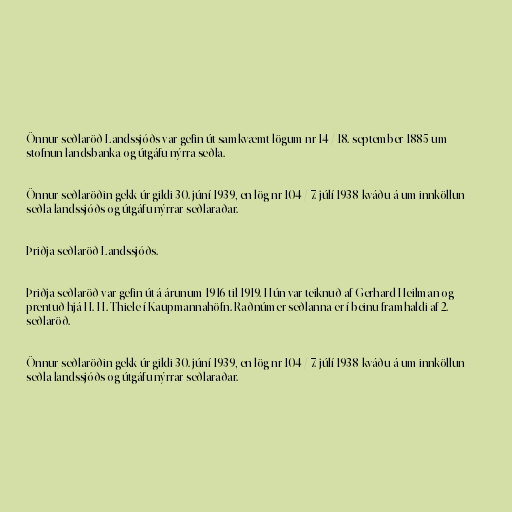
Önnur seðlaröð Landssjóðs var gefin út samkvæmt lögum nr 14 / 18. september 1885 um
stofnun landsbanka og útgáfu nýrra seðla.

Önnur seðlaröðin gekk úr gildi 30. júní 1939, en lög nr 104 / 7. júlí 1938 kváðu á um innköllun
seðla landssjóðs og útgáfu nýrrar seðlaraðar.

Þriðja seðlaröð Landssjóðs.

Þriðja seðlaröð var gefin út á árunum 1916 til 1919. Hún var teiknuð af Gerhard Heilman og
prentuð hjá H. H. Thiele í Kaupmannahöfn. Raðnúmer seðlanna er í beinu framhaldi af 2.
seðlaröð.

Önnur seðlaröðin gekk úr gildi 30. júní 1939, en lög nr 104 / 7. júlí 1938 kváðu á um innköllun
seðla landssjóðs og útgáfu nýrrar seðlaraðar.